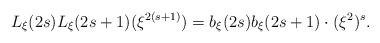
LaTeX: \begin{align*} L_{\xi}(2s)L_{\xi}(2s+1)(\xi^{2(s+1)}) = b_{\xi}(2s)b_{\xi}(2s+1)\cdot (\xi^2)^s. \end{align*}